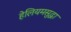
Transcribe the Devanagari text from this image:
हेलियमसुद्धा